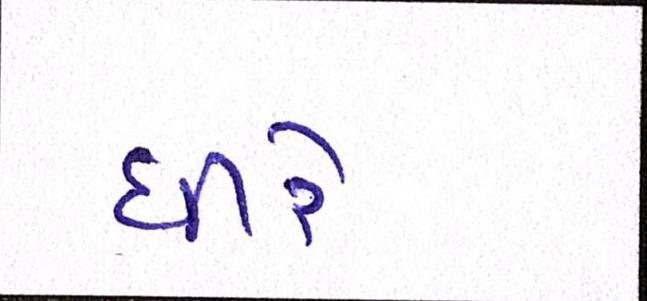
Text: ધીરે